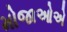
મોજાઓએ